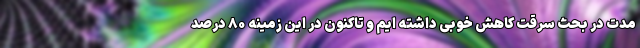
مدت در بحث سرقت کاهش خوبی داشته ایم و تاکنون در این زمینه ۸۰ درصد